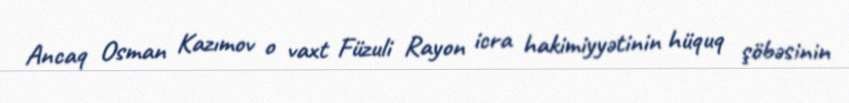
Ancaq Osman Kazımov o vaxt Füzuli Rayon icra hakimiyyətinin hüquq şöbəsinin